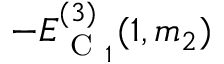
- E _ { \mathrm { ~ C ~ } _ { 1 } } ^ { ( 3 ) } ( 1 , m _ { 2 } )